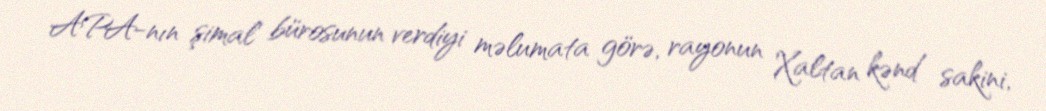
APA-nın şimal bürosunun verdiyi məlumata görə, rayonun Xaltan kənd sakini,